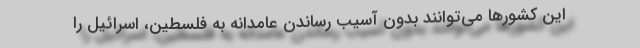
این کشورها می‌توانند بدون آسیب رساندن عامدانه به فلسطین، اسرائیل را